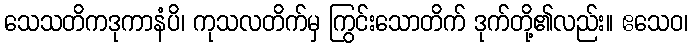
သေသတိကဒုကာနံပိ၊ ကုသလတိက်မှ ကြွင်းသောတိက် ဒုက်တို့၏လည်း။ ဧသေဝ၊